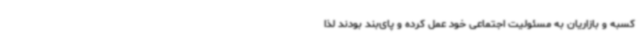
کسبه و بازاریان به مسئولیت اجتماعی خود عمل کرده و پای‌بند بودند لذا